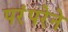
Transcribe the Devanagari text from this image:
परंंपरेने